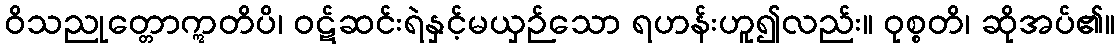
ဝိသညုတ္တောဣတိပိ၊ ဝဋ်ဆင်းရဲနှင့်မယှဉ်သော ရဟန်းဟူ၍လည်း။ ဝုစ္စတိ၊ ဆိုအပ်၏။